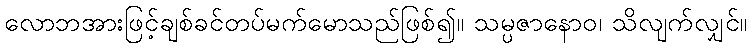
လောဘအားဖြင့်ချစ်ခင်တပ်မက်မောသည်ဖြစ်၍။ သမ္ပဇာနောဝ၊ သိလျက်လျှင်။